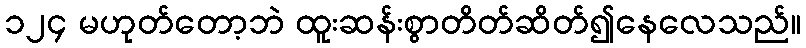
၁၂၄ မဟုတ်တော့ဘဲ ထူးဆန်းစွာတိတ်ဆိတ်၍နေလေသည်။